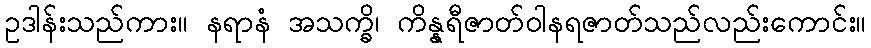
ဥဒါန်းသည်ကား။ နရာနံ အသက္ခိ၊ ကိန္နရီဇာတ်ဝါနရဇာတ်သည်လည်းကောင်း။